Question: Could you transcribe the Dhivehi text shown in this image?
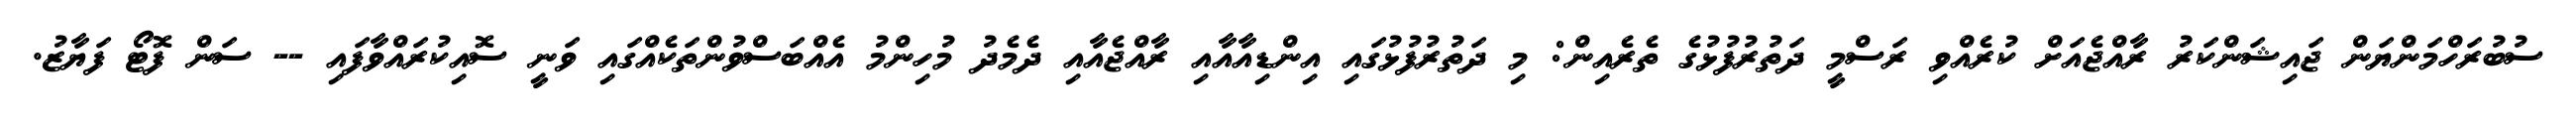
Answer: ސުބުރަހްމަންޔަން ޖައިޝަންކަރު ރާއްޖެއަށް ކުރެއްވި ރަސްމީ ދަތުރުފުޅުގެ ތެރެއިން: މި ދަތުރުފުޅުގައި އިންޑިއާއާއި ރާއްޖެއާއި ދެމެދު މުހިންމު އެއްބަސްވުންތަކެއްގައި ވަނީ ސޮއިކުރައްވާފައި -- ސަން ފޮޓޯ ފަޔާޒު.